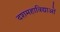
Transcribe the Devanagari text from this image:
दशमहाविद्याओं